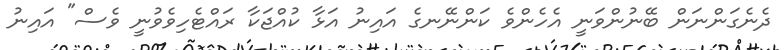
ދެނެގަންނަން ބޭނުންވަނީ އެހެންވެ ކަންނޭނގެ އައިނު އަޅާ ކުއްޖަކާ ރައްޓެހިވެވުނީ ވެސް" އައިނު